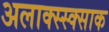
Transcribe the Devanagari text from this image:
अलाक्स्स्क्साक